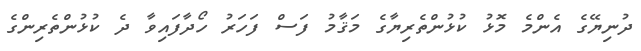
ދުނިޔޭގެ އެންމެ މޮޅު ކުޅުންތެރިޔާގެ މަޤާމު ފަސް ފަހަރު ހޯދާފައިވާ ދެ ކުޅުންތެރިންގެ